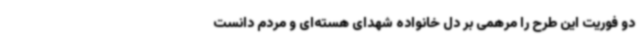
دو فوریت این طرح را مرهمی بر دل خانواده شهدای هسته‌ای و مردم دانست